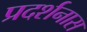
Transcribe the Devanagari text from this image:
प्रदर्शनास